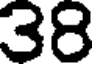
38